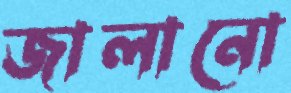
জালানো